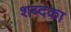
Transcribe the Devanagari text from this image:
शब्दका